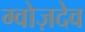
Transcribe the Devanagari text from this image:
ग्वोज़देव